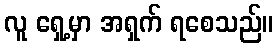
လူ ရှေ့မှာ အရှက် ရစေသည်။